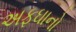
અફઘાનો